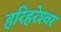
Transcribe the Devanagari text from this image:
हरिहरेश्‍वर